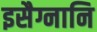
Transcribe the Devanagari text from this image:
इसैग्नानि